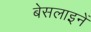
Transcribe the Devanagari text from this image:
बेसलाइनें